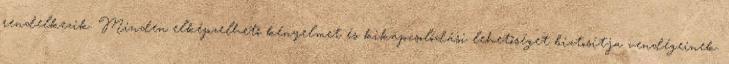
rendelkezik. Minden elképzelhető kényelmet és kikapcsolódási lehetőséget biztosítja vendégeinek.